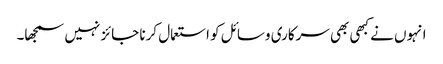
انہوں نے کبھی بھی سرکاری وسائل کو استعمال کرنا جائز نہیں سمجھا۔